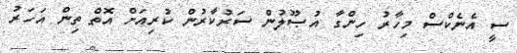
ސީ އެނެކްސް މިހާރު ހިންގާ އުޞޫލުން ސަރުކާރުން ކުރިއަށް އޮތް ތިން އަހަރު